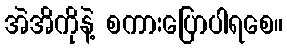
အဲအိကိုနဲ့ စကားပြောပါရစေ။